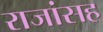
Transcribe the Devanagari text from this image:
राजांसह